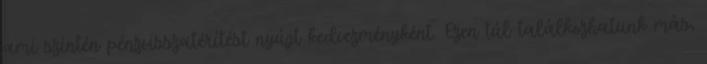
ami szintén pénzvisszatérítést nyújt kedvezményként. Ezen túl találkozhatunk más,